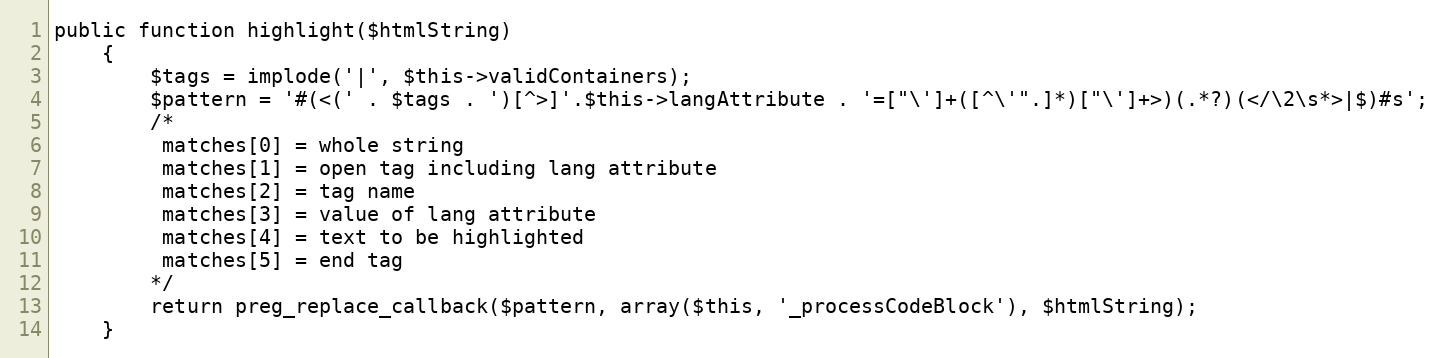
Language: PHP
public function highlight($htmlString)
    {
        $tags = implode('|', $this->validContainers);
        $pattern = '#(<(' . $tags . ')[^>]'.$this->langAttribute . '=["\']+([^\'".]*)["\']+>)(.*?)(</\2\s*>|$)#s';
        /*
         matches[0] = whole string
         matches[1] = open tag including lang attribute
         matches[2] = tag name
         matches[3] = value of lang attribute
         matches[4] = text to be highlighted
         matches[5] = end tag
        */
        return preg_replace_callback($pattern, array($this, '_processCodeBlock'), $htmlString);
    }